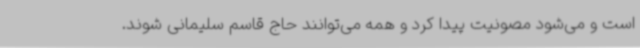
است و می‌شود مصونیت پیدا کرد و همه می‌توانند حاج قاسم سلیمانی شوند.